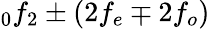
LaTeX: _0f_{2}\pm\left(2f_{e}\mp 2f_{o}\right)